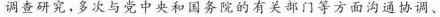
调查研究，多次与党中央和国务院的有关部门等方面沟通协调、